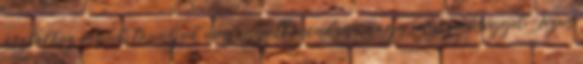
asztalhoz ülünk, tanuljuk meg együtt mondani, nagy egyszerűséggel: Jézus